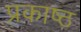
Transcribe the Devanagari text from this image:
प्रकाष्ठ